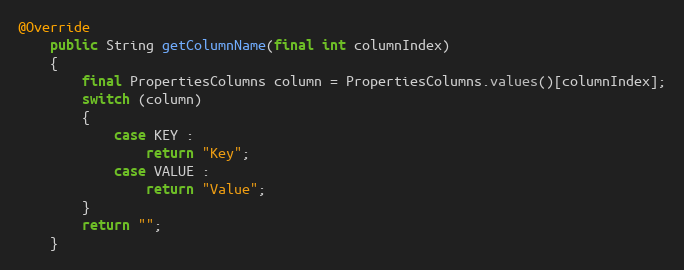
Language: Java
@Override
	public String getColumnName(final int columnIndex)
	{
		final PropertiesColumns column = PropertiesColumns.values()[columnIndex];
		switch (column)
		{
			case KEY :
				return "Key";
			case VALUE :
				return "Value";
		}
		return "";
	}